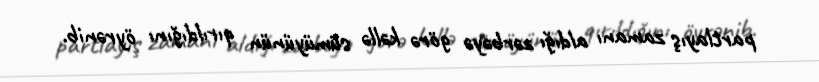
partlayış zamanı aldığı zərbəyə görə kəllə sümüyünün qırıldığını öyrənib.